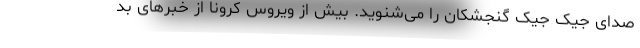
صدای جیک جیک گنجشکان را می‌شنوید. بیش از ویروس کرونا از خبرهای بد